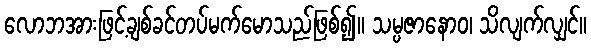
လောဘအားဖြင့်ချစ်ခင်တပ်မက်မောသည်ဖြစ်၍။ သမ္ပဇာနောဝ၊ သိလျက်လျှင်။